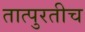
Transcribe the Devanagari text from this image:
तात्पुरतीच